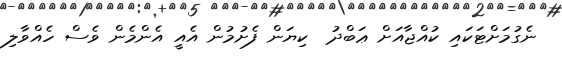
ނެގުމަށްޓަކައި ކުއްޖާއަށް ޢަބްދު  ކިޔަން ފެށުމުން އެއީ އެންމެން ވެސް ހެއްވާލި